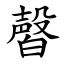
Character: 㿦